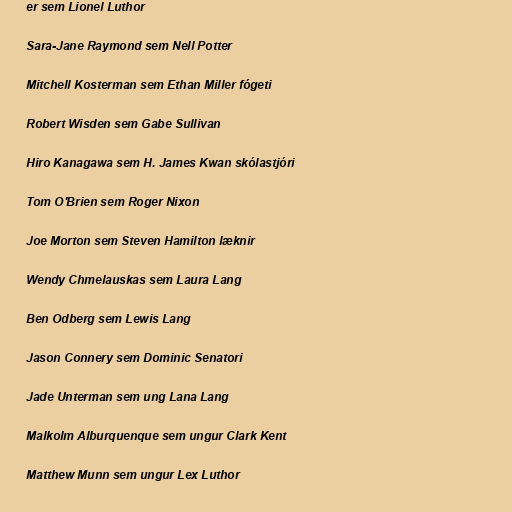
er sem Lionel Luthor

Sara-Jane Raymond sem Nell Potter

Mitchell Kosterman sem Ethan Miller fógeti

Robert Wisden sem Gabe Sullivan

Hiro Kanagawa sem H. James Kwan skólastjóri

Tom O'Brien sem Roger Nixon

Joe Morton sem Steven Hamilton læknir

Wendy Chmelauskas sem Laura Lang

Ben Odberg sem Lewis Lang

Jason Connery sem Dominic Senatori

Jade Unterman sem ung Lana Lang

Malkolm Alburquenque sem ungur Clark Kent

Matthew Munn sem ungur Lex Luthor